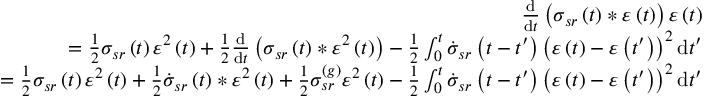
\begin{array} { r l r } & { } & { \frac { \mathrm { d } } { \mathrm { d } t } \left( \sigma _ { s r } \left( t \right) \ast \varepsilon \left( t \right) \right) \varepsilon \left( t \right) } \\ & { } & { \qquad = \frac { 1 } { 2 } \sigma _ { s r } \left( t \right) \varepsilon ^ { 2 } \left( t \right) + \frac { 1 } { 2 } \frac { \mathrm { d } } { \mathrm { d } t } \left( \sigma _ { s r } \left( t \right) \ast \varepsilon ^ { 2 } \left( t \right) \right) - \frac { 1 } { 2 } \int _ { 0 } ^ { t } \dot { \sigma } _ { s r } \left( t - t ^ { \prime } \right) \left( \varepsilon \left( t \right) - \varepsilon \left( t ^ { \prime } \right) \right) ^ { 2 } \mathrm { d } t ^ { \prime } } \\ & { } & { \qquad = \frac { 1 } { 2 } \sigma _ { s r } \left( t \right) \varepsilon ^ { 2 } \left( t \right) + \frac { 1 } { 2 } \dot { \sigma } _ { s r } \left( t \right) \ast \varepsilon ^ { 2 } \left( t \right) + \frac { 1 } { 2 } \sigma _ { s r } ^ { \left( g \right) } \varepsilon ^ { 2 } \left( t \right) - \frac { 1 } { 2 } \int _ { 0 } ^ { t } \dot { \sigma } _ { s r } \left( t - t ^ { \prime } \right) \left( \varepsilon \left( t \right) - \varepsilon \left( t ^ { \prime } \right) \right) ^ { 2 } \mathrm { d } t ^ { \prime } } \end{array}